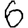
Digit: 6